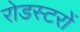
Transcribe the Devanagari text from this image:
रोडस्टरों